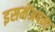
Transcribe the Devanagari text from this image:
इसमेंअपना